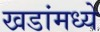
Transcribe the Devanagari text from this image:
खडांमध्ये